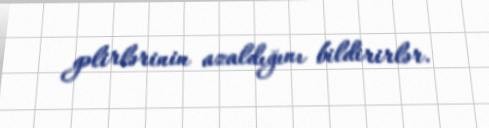
gəlirlərinin azaldığını bildirirlər.